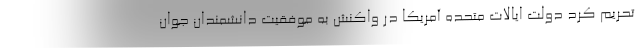
تحریم کرد دولت ایالات متحده آمریکا در واکنش به موفقیت دانشمندان جوان